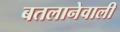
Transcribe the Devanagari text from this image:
बतलानेवाली